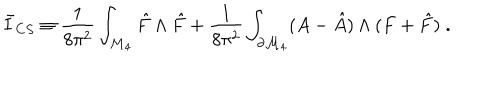
LaTeX: \bar { I } _ { C S } \equiv \frac { 1 } { 8 \pi ^ { 2 } } \int _ { { \cal M } _ { 4 } } \hat { F } \wedge \hat { F } + \frac { 1 } { 8 \pi ^ { 2 } } \int _ { \partial { \cal M } _ { 4 } } ( A - \hat { A } ) \wedge ( F + \hat { F } ) \; .